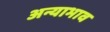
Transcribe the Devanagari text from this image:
अन्याभाव